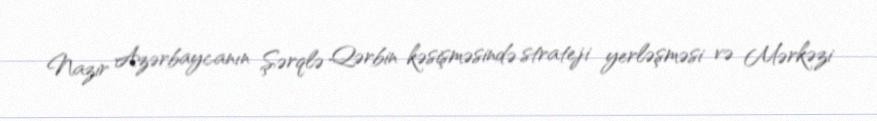
Nazir Azərbaycanın Şərqlə Qərbin kəsişməsində strateji yerləşməsi və Mərkəzi